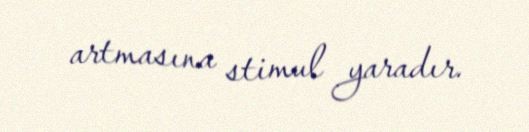
artmasına stimul yaradır.